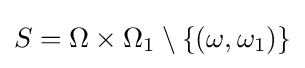
S=\Omega \times \Omega _{1}\setminus \{(\omega ,\omega _{1})\}